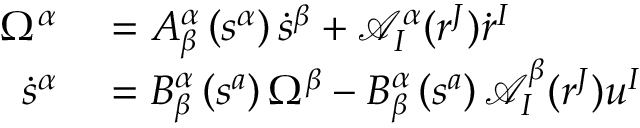
\begin{array} { r l } { \Omega ^ { \alpha } } & { { } = A _ { \beta } ^ { \alpha } \left( s ^ { \alpha } \right) \dot { s } ^ { \beta } + \mathcal { A } _ { I } ^ { \alpha } ( r ^ { J } ) \dot { r } ^ { I } } \\ { \dot { s } ^ { \alpha } } & { { } = B _ { \beta } ^ { \alpha } \left( s ^ { a } \right) \Omega ^ { \beta } - B _ { \beta } ^ { \alpha } \left( s ^ { a } \right) \mathcal { A } _ { I } ^ { \beta } ( r ^ { J } ) u ^ { I } } \end{array}